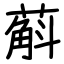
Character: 蔛